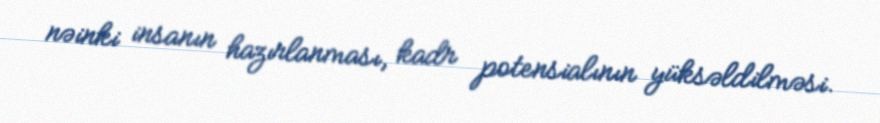
nəinki insanın hazırlanması, kadr potensialının yüksəldilməsi.